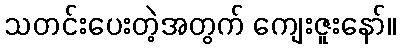
သတင်းပေးတဲ့အတွက် ကျေးဇူးနော်။